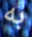
به